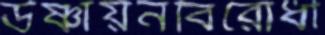
উষ্ণায়নবিরোধী